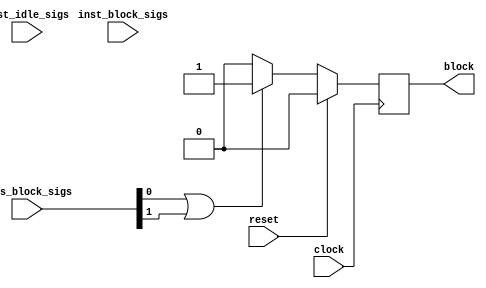
`timescale 1 ns / 1 ps

module StreamingDataWidthConverter_Batch_8_hls_deadlock_idx0_monitor ( // for module StreamingDataWidthConverter_Batch_8_StreamingDataWidthConverter_Batch_8_inst
    input wire clock,
    input wire reset,
    input wire [1:0] axis_block_sigs,
    input wire [0:0] inst_idle_sigs,
    input wire [0:0] inst_block_sigs,
    output wire block
);

// signal declare
reg monitor_find_block;
wire sub_parallel_block;
wire all_sub_parallel_has_block;
wire all_sub_single_has_block;
wire cur_axis_has_block;
wire seq_is_axis_block;

assign block = monitor_find_block;
assign all_sub_parallel_has_block = 1'b0;
assign all_sub_single_has_block = 1'b0;
assign cur_axis_has_block = 1'b0 | axis_block_sigs[0] | axis_block_sigs[1];
assign seq_is_axis_block = all_sub_parallel_has_block | all_sub_single_has_block | cur_axis_has_block;

always @(posedge clock) begin
    if (reset == 1'b1)
        monitor_find_block <= 1'b0;
    else if (seq_is_axis_block == 1'b1)
        monitor_find_block <= 1'b1;
    else
        monitor_find_block <= 1'b0;
end


// instant sub module
endmodule